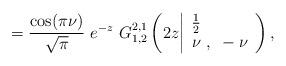
LaTeX: \begin{align*}=\frac{\cos (\pi\nu)}{\sqrt{\pi}}~e^{-z}~G_{{1} ,{2}}^{{2},{1}} \left( 2z \bigg{|} \begin{array}{lll} \frac{1}{2}\\ \nu~,~-\nu \end{array} \right),\end{align*}